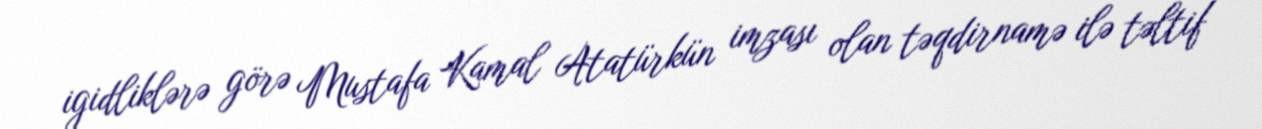
igidliklərə görə Mustafa Kamal Atatürkün imzası olan təqdirnamə ilə təltif